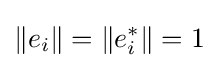
\Vert e_{i}\Vert =\Vert e_{i}^{*}\Vert =1